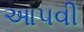
આપવી